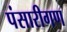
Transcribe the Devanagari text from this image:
पंसारीगण